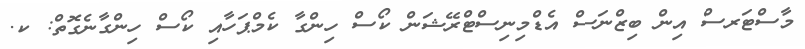
މާސްޓަރސް އިން ބިޒްނަސް އެޑްމިނިސްޓްރޭޝަން ކޯސް ހިންގާ ކެމްޕަހާއި ކޯސް ހިންގާނެގޮތް: ކ.